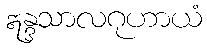
ဣန္ဒသာလဂုဟာယံ